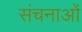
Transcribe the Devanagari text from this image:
संचनाओं